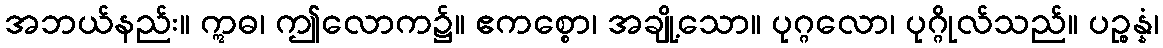
အဘယ်နည်း။ ဣဓ၊ ဤလောက၌။ ဧကစ္စော၊ အချို့သော။ ပုဂ္ဂလော၊ ပုဂ္ဂိုလ်သည်။ ပဉ္စန္နံ၊